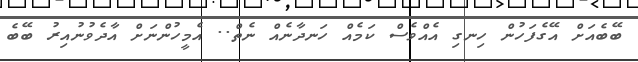
ބޭބެއަށް އޭގެފަހުން ހިނގި އެއްވެސް ކަމެއް ހަނދާނެއް ނެތް.. އެމީހުންނަށް އާދެވުނުއިރު ބޭބެ